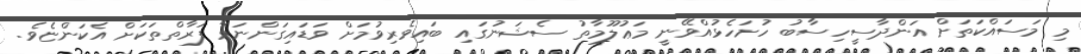
މި މަސައްކަތަށް އަންދާސީހިސާބު ހުށަހެޅުއްވޭނީ މަޢުލޫމާތު ސެޝަނުގައި ބައިވެރިވުމަށް ވަޑައިގަންނަވާ ފަރާތްތަކަށް އެކަންޏެވެ.